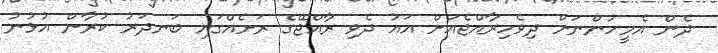
ދެން އެމީހުންނަށް ދިވެހިރާއްޖެއަށް އައު ދެވި ރާއްޖޭގެ ރަށެއްގައި ބަނދަރު ކުރާން އުޅުނު